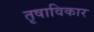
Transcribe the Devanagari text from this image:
तृषाविकार